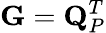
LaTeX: \mathbf{G}=\mathbf{Q}_{P}^{T}